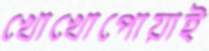
খোখোপোয়াই